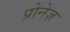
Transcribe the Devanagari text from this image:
प्रोनेज़